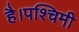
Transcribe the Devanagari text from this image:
है।पश्चिमी